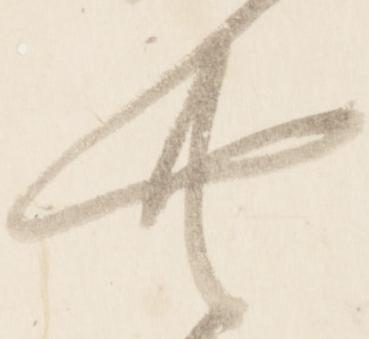
無